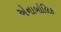
એનાબોલિક